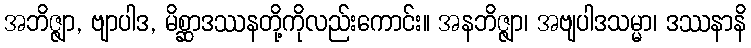
အဘိဇ္ဇျာ, ဗျာပါဒ, မိစ္ဆာဒဿနတို့ကိုလည်းကောင်း။ အနဘိဇ္ဇျာ၊ အဗျပါဒသမ္မာ၊ ဒဿနာနိ